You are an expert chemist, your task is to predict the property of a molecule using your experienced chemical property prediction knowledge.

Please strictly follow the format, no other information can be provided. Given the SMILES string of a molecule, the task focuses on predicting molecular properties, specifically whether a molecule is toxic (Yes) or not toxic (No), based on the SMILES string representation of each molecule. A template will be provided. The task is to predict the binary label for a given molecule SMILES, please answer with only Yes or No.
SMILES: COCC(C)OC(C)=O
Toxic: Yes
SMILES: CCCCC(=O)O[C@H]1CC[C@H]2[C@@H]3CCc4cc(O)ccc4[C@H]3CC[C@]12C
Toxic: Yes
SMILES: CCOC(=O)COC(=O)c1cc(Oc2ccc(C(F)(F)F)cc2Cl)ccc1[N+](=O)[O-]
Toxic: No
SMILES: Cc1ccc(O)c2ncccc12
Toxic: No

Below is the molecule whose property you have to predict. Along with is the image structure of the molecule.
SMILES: COc1cc2c(cc1O)CCN[C@]21CS[C@@H]2c3c(OC(C)=O)c(C)c4c(c3[C@H](COC1=O)N1[C@@H](O)[C@@H]3Cc5cc(C)c(OC)c(O)c5[C@H]([C@H]21)N3C)OCO4
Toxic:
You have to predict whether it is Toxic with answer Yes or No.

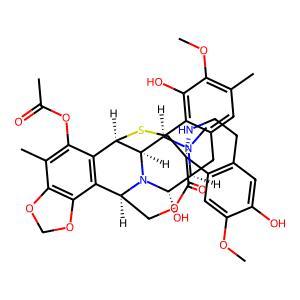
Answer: No